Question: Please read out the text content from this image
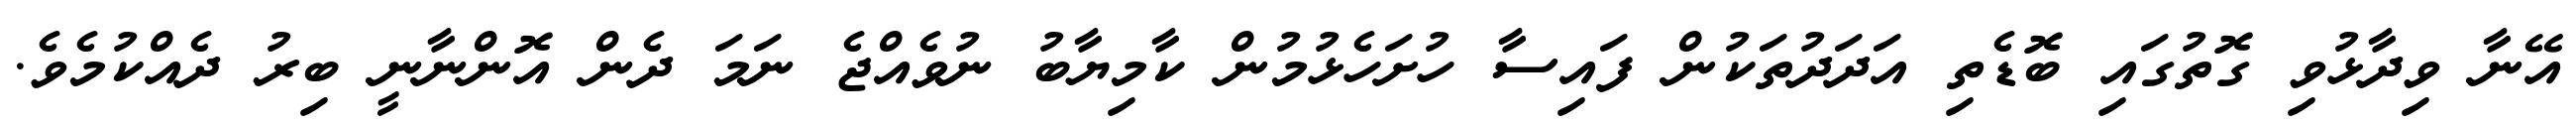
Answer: އޭނާ ވިދާޅުވި ގޮތުގައި ބޮޑެތި އަދަދުތަކުން ފައިސާ ހުށަހެޅުމުން ކާމިޔާބު ނުވެއްޖެ ނަމަ ދެން އޮންނާނީ ބިރު ދެއްކުމެވެ.